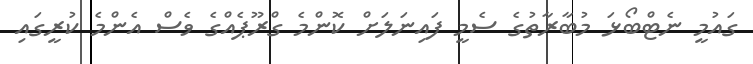
ގައުމީ ނެޓްބޯޅަ މުބާރާތުގެ ސެމީ ފައިނަލަށް ކޮންމެ ގްރޫޕެއްގެ ވެސް އެންމެ ކުރީގައި